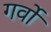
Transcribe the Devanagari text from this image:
गर्वो